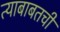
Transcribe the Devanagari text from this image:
त्याबाबतची